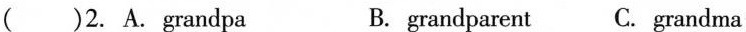
( )2. A. Grandpa B. grandparent C. grandma